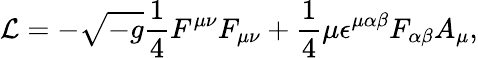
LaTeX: {\cal L}=-\sqrt{-g}{\frac{1}{4}}F^{\mu\nu}F_{\mu\nu}+{\frac{1}{4}}\mu\epsilon^{\mu\alpha\beta}F_{\alpha\beta}A_{\mu},